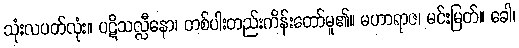
သုံးလပတ်လုံး။ ပဋိသလ္လီနော၊ တစ်ပါးတည်းကိန်းတော်မူ၏။ မဟာရာဇ၊ မင်းမြတ်။ ခေါ၊